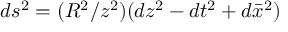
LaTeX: d s ^ { 2 } = ( R ^ { 2 } / z ^ { 2 } ) ( d z ^ { 2 } - d t ^ { 2 } + d \bar { x } ^ { 2 } )